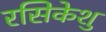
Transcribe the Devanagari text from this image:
रसिकेशु